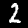
Digit: 2